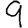
Digit: 9